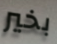
بخير